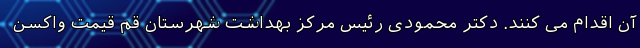
آن اقدام می کنند. دکتر محمودی رئیس مرکز بهداشت شهرستان قم قیمت واکسن